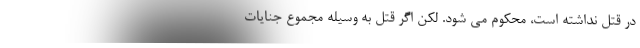
در قتل نداشته است، محکوم می شود. لکن اگر قتل به وسیله مجموع جنایات